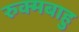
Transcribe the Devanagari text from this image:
रुक्मबाहु